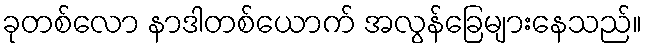
ခုတစ်လော နာဒါတစ်ယောက် အလွန်ခြေများနေသည်။